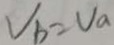
V _ { b } = V _ { a }